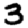
Digit: 3